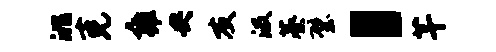
洮克雍央友汲蓁璧，芊